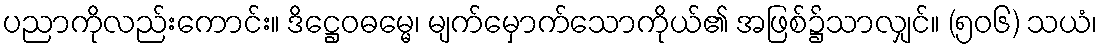
ပညာကိုလည်းကောင်း။ ဒိဋ္ဌေဝဓမ္မေ၊ မျက်မှောက်သောကိုယ်၏ အဖြစ်၌သာလျှင်။ (၅၀၆) သယံ၊